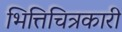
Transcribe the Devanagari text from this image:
भित्तिचित्रकारी